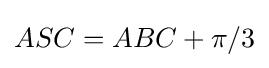
ASC=ABC+\pi /3